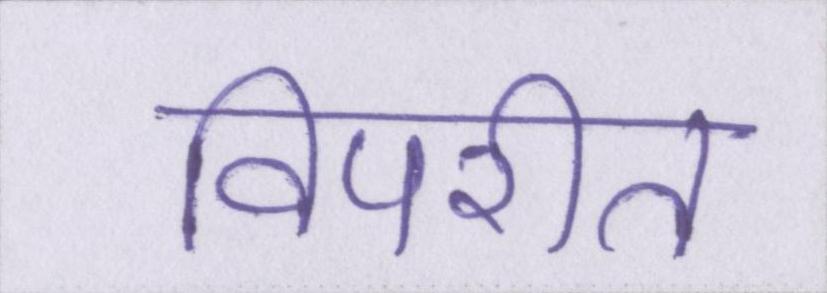
विपरीत